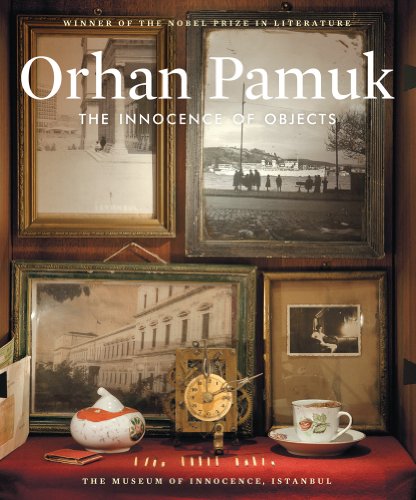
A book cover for The Innocence of Objects; Orhan Pamuk; Politics & Social Sciences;